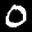
Label: 0